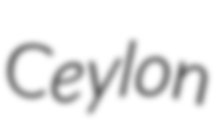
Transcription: Ceylon